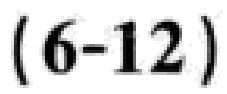
\((6 - 12)\)